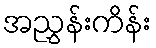
အညွှန်းကိန်း